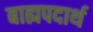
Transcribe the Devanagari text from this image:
बाह्यपदार्थ